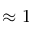
\approx 1